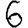
Digit: 6